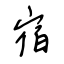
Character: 宿